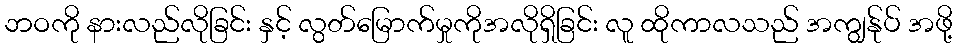
ဘဝကို နားလည်လိုခြင်း နှင့် လွတ်မြောက်မှုကိုအလိုရှိခြင်း လူ ထိုကာလသည် အကျွန်ုပ် အဖို့